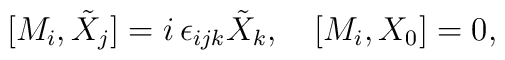
[M_i, \tilde{X}_j] = i\, \epsilon_{ijk} \tilde{X}_k , \quad [M_i, X_0]= 0,